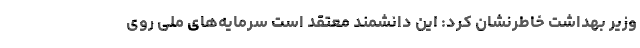
وزیر بهداشت خاطرنشان کرد: این دانشمند معتقد است سرمایه‌‌های ملی روی